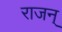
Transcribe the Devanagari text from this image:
राजन्‌